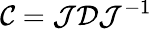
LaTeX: \mathcal C=\mathcal J\mathcal D\mathcal J^{-1}